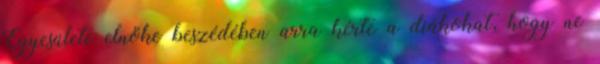
Egyesülete elnöke beszédében arra kérte a diákokat, hogy ne